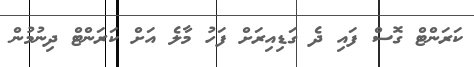
ކަރަންޓް ގޮސް ފައި ދެ ގަޑިއިރަށް ފަހު މާލެ އަށް ކަރަންޓް ދިނުމުން